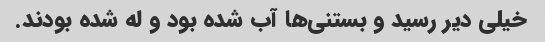
خیلی دیر رسید و بستنی‌ها آب شده بود و له شده بودند.